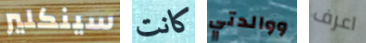
سينكلير كانت ووالدتي اعرف